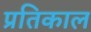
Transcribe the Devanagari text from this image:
प्रतिकाल